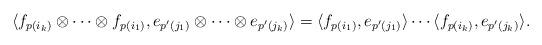
LaTeX: \begin{align*}\langle f_{p(i_{k})}\otimes\cdots\otimes f_{p(i_{1})},e_{p^{\prime}(j_{1})}\otimes\cdots\otimes e_{p^{\prime}(j_{k})}\rangle=\langle f_{p(i_{1})},e_{p^{\prime}(j_{1})}\rangle\cdots\langle f_{p(i_{k})},e_{p^{\prime}(j_{k})}\rangle.\end{align*}